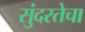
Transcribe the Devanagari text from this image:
सुंदरतेचा